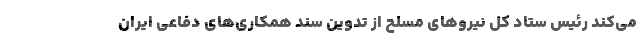
می‌کند رئیس ستاد کل نیروهای مسلح از تدوین سند همکاری‌های دفاعی ایران